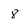
Character: 8